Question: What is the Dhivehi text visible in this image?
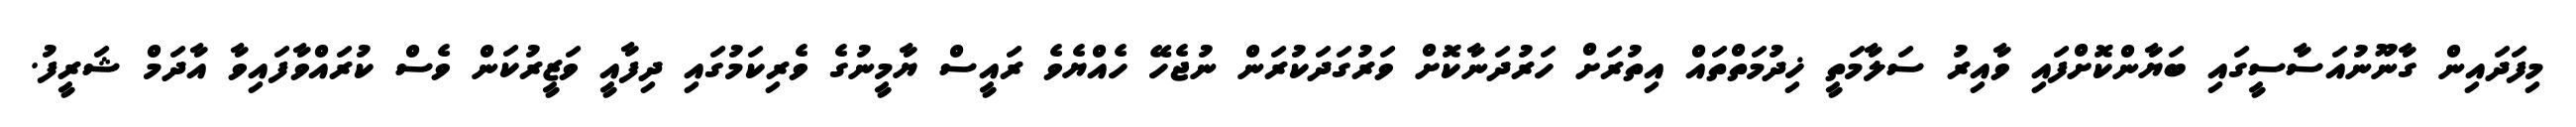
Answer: މިފަދައިން ގާނޫނުއަސާސީގައި ބަޔާންކޮށްފައި ވާއިރު ސަލާމަތީ ޚިދުމަތްތައް އިތުރަށް ހަރުދަނާކޮށް ވަރުގަދަކުރަން ނުޖެހޭ ހެއްޔެވެ ރައީސް ޔާމީނުގެ ވެރިކަމުގައި ދިފާއީ ވަޒީރުކަން ވެސް ކުރައްވާފައިވާ އާދަމް ޝަރީފު.